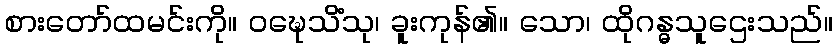
စားတော်ထမင်းကို။ ဝဍ္ဎေသိံသု၊ ခူးကုန်၏။ သော၊ ထိုဂန္ဓသူဌေးသည်။